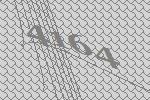
4164